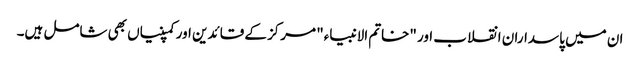
ان میں پاسداران انقلاب اور "خاتم الانبیاء" مرکز کے قائدین اور کمپنیاں بھی شامل ہیں۔